Annual administration report of the Civil Veterinary Department of India - 1899-1900
Year: 1899
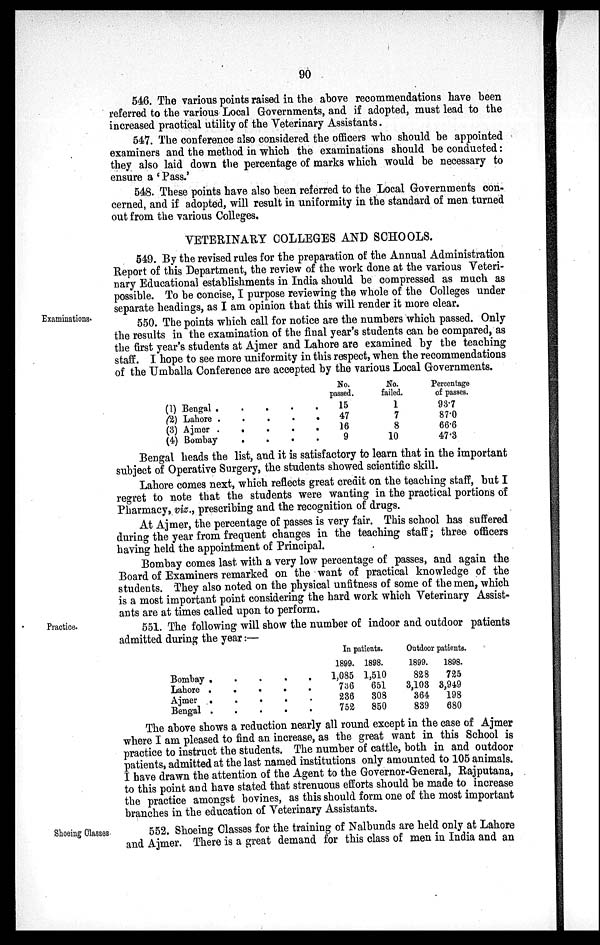
90
546. The various points raised in the above recommendations have been
referred to the various Local Governments, and if adopted, must lead to the
increased practical utility of the Veterinary Assistants.
547. The conference also considered the officers who should be appointed
examiners and the method in which the examinations should be conducted:
they also laid down the percentage of marks which would be necessary to
ensure a 'Pass.'
548. These points have also been referred to the Local Governments con-
cerned, and if adopted, will result in uniformity in the standard of men turned
out from the various Colleges.
VETERINARY COLLEGES AND SCHOOLS.
549. By the revised rules for the preparation of the Annual Administration
Report of this Department, the review of the work done at the various Veteri-
nary Educational establishments in India should be compressed as much as
possible. To be concise, I purpose reviewing the whole of the Colleges under
separate headings, as I am opinion that this will render it more clear.
Examinations.
550. The points which call for notice are the numbers which passed. Only
the results in the examination of the final year's students can be compared, as
the first year's students at Ajmer and Lahore are examined by the teaching
staff. I hope to see more uniformity in this respect, when the recommendations
of the Umballa Conference are accepted by the various Local Governments.
(1) Bengal .
.
.
(2) Lahore . . .
(3) Ajmer . . .
(4) Bombay
. .
No.
passed.
. . 15
. . 47
. . 16
. . 9
No.
failed.
1
7
8
10
Percentage
of passes.
93.7
87.0
66.6
47.3
Bengal heads the list, and it is satisfactory to learn that in the important
subject of Operative Surgery, the students showed scientific skill.
Lahore comes next, which reflects great credit on the teaching staff, but I
regret to note that the students were wanting in the practical portions of
Pharmacy, viz., prescribing and the recognition of drugs.
At Ajmer, the percentage of passes is very fair. This school has suffered
during the year from frequent changes in the teaching staff; three officers
having held the appointment of Principal.
Bombay comes last with a very low percentage of passes, and again the
Board of Examiners remarked on the want of practical knowledge of the
students. They also noted on the physical unfitness of some of the men, which
is a most important point considering the hard work which Veterinary Assist-
ants are at times called upon to perform.
Practice.
551. The following will show the number of indoor and outdoor patients
admitted during the year:—
Bombay .
.
.
.
.
Lahore .
.
.
.
.
Ajmer . . . . .
Bengal .
.
.
.
.
In patients.
1899.
1,085
736
236
752
1898.
1,510
651
308
850
Outdoor patients.
1899.
828
3,103
364
839
1898.
725
3,949
198
680
The above shows a reduction nearly all round except in the case of Ajmer
where I am pleased to find an increase, as the great want in this School is
practice to instruct the students. The number of cattle, both in and outdoor
patients, admitted at the last named institutions only amounted to 105 animals.
I have drawn the attention of the Agent to the Governor-General, Rajputana,
to this point and have stated that strenuous efforts should be made to increase
the practice amongst bovines, as this should form one of the most important
branches in the education of Veterinary Assistants.
Shoeing Classes.
552. Shoeing Classes for the training of Nalbunds are held only at Lahore
and Ajmer. There is a great demand for this class of men in India and an